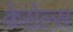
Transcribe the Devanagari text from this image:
केसेल्स